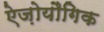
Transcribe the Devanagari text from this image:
ऐज़ोयौगिक